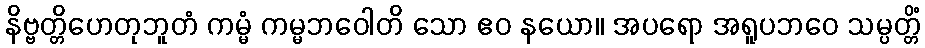
နိဗ္ဗတ္တိဟေတုဘူတံ ကမ္မံ ကမ္မဘဝေါတိ သော ဧဝ နယော။ အပရော အရူပဘဝေ သမ္ပတ္တိံ